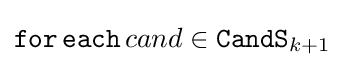
{\mathtt {for\,each}}\,cand\in {\mathtt {CandS}}_{k+1}